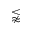
\lnapprox